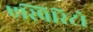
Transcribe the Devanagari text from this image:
एस्पिरिटो